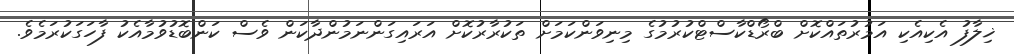
ޚިލާފު އެކިއެކި އަމުރުތައްކޮށް ބްރޯޑްކާސްޓްކުރުމުގެ މިނިވަންކަމަށް ތަކުރާރުކޮށް އަރައިގަންނަމުންދާކަން ވެސް ކަންބޮޑުވުމާއެކު ފާހަގަކުރަމެވެ.